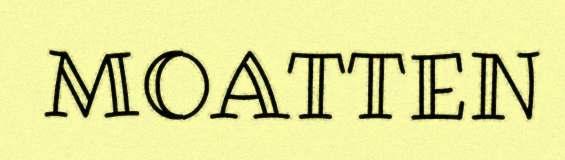
MOATTEN